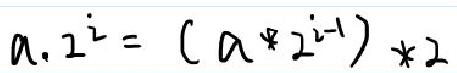
$a\cdot 2^{i}=(a * 2^{i - 1})*2$